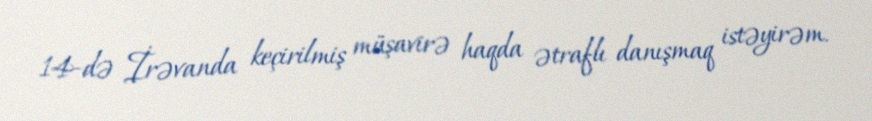
14-də İrəvanda keçirilmiş müşavirə haqda ətraflı danışmaq istəyirəm.